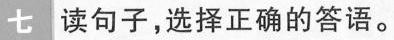
七 读句子,选择正确的答语。